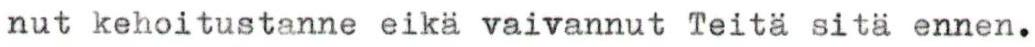
nut kehoitustanne eikä vaivannut Teitä sitä ennen.